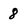
Character: 8